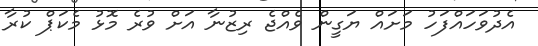
އެދުވަހައްފަހު މަށައް ޔަގީން ވެއްޖެ ރިޒުނާ އަށް ވުރެ މޮޅު މެެކަޕް ކުރާ